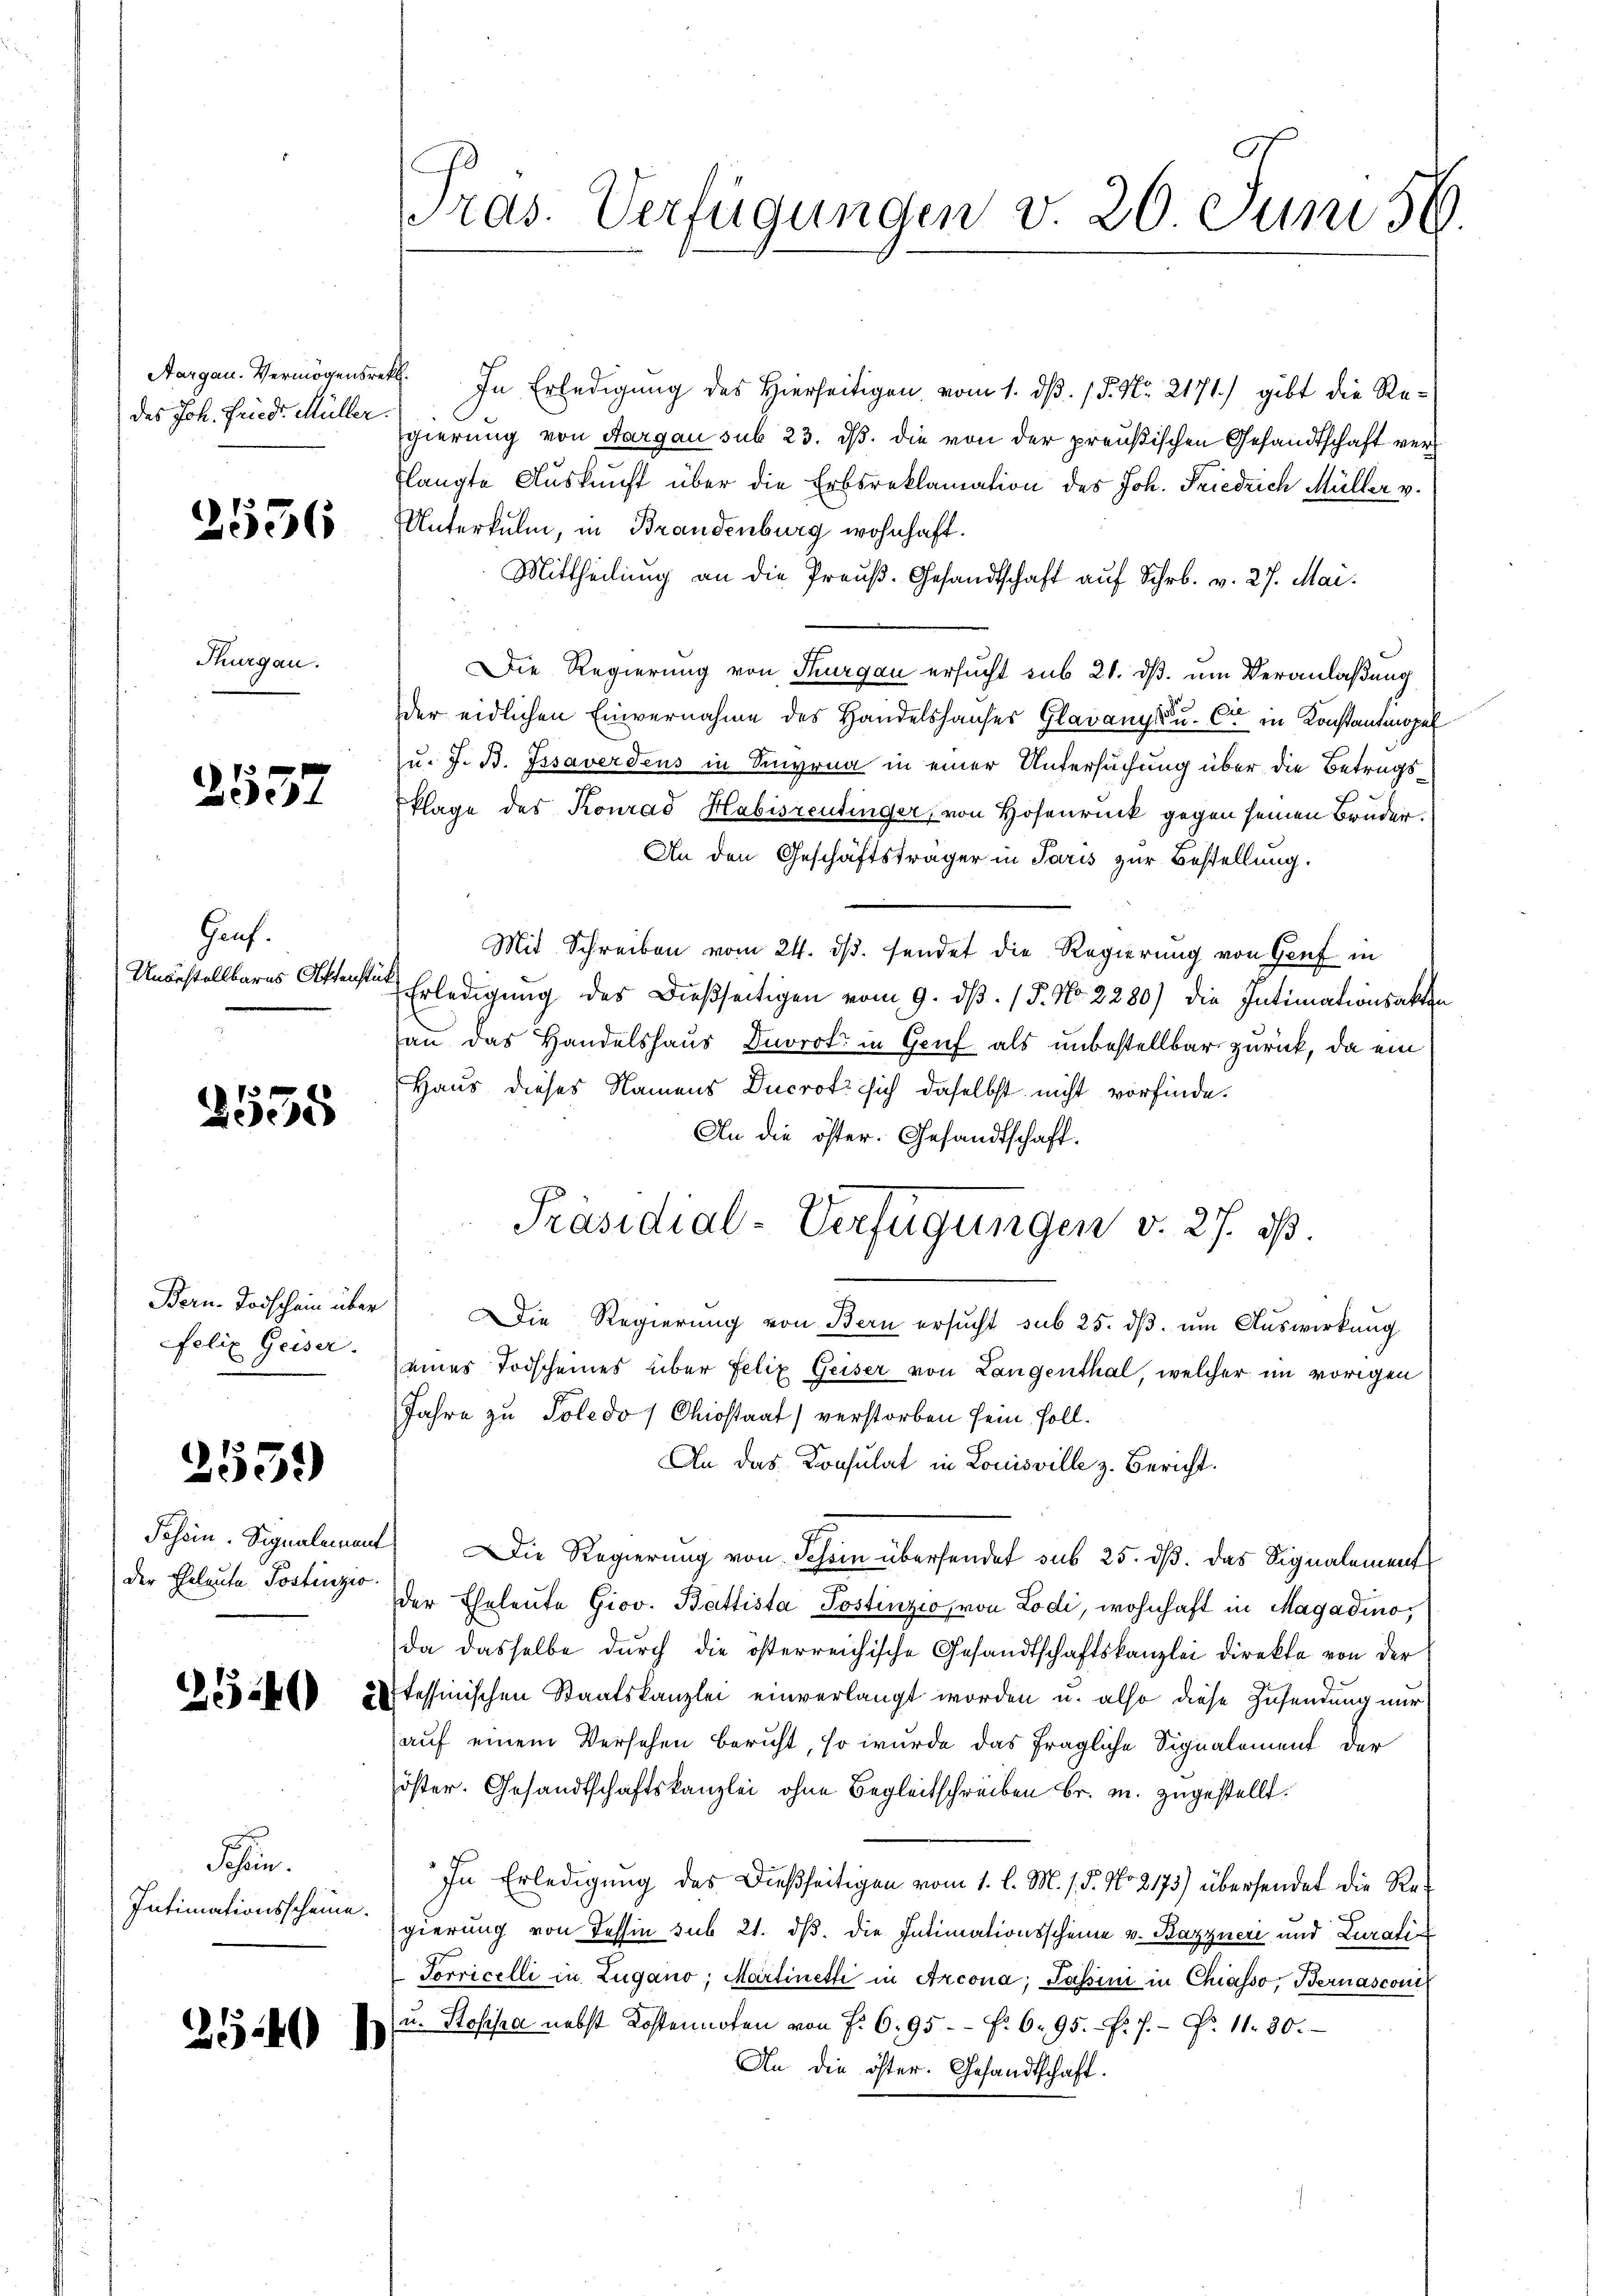
des Joh. Fried. Müller.

2556

Thurgau.

f xx
Zee

Genf.

2538

Bern-Todschein über
Felix Geiser.

2539)

der Eheleute Postenzio

Schen.
Intimationsscheine.

2540 h

Aargau. Vermögensrath. In Erledigung des Hierseitigen, vom 1. dβ. / 5. No. 2171) gibt die Regierung von Aargau sub 23. ds. die von der preußischen Gesandtschaft verflangte Auskunft über die Erbsreklamation des Joh. Friedrich Müller v.
Unterkulm, in Brandenburg wohnhaft.
Mittheilung an die Preuß. Gesandtschaft auf Schr. v. 27. Mai.
Die Regierung von Thurgau ersucht sub 21. dß. um Veranlaßung
der eidlichen Einvernahme des Handelshauses Garang u. Cie in Konstantmopel
u. J. B. Fssaverdens in Sinyrna in einer Untersuchung über die Betrugsklage des Konrad Habisrentinger, von Hosenrück gegen seinen Bruder.
An den Geschäftsträger in Paris zur Bestellung.
Mit Schreiben vom 24. ds. sendet die Regierung von Genf in
Unbestellbares Aktenste Erledigung des Dießseitigen vom 9. dß. / 5. No. 2280) die Intimationsakten
an das Handelshaus Dorot in Grief als unbestellbar zurück, da ein
Haus dieses Namens Ducrot sich daselbst nicht vorfinde.
An die öster. Gesandtschaft.
Präsidial-Verfügungen v. 27. ds.
Die Regierung von Bern ersucht sub 25. dβ. um Auswirkung
eines Todscheines über Felix Geiser von Langenthal, welcher im vorigen
Jahre zu Poledo /Chiostaat verstorben sein soll.
An das Konsulat in Louisville z. Bericht.
Johrin. Signalement) Die Regierung von Jahren übersendet sub 25. dß. Das Signalements
der Eheleute Giov. Battista Postinzio, von Lodi, wohnhaft in Magadino,
da dasselbe dŭrch die österreichische Gesandtschaftskanzlei direkte von der
Gäfl 20 tessinischen Staatskanzlei einverlangt worden u. also diese Zusendung nur
auf einem Versehen beruht, so wurde das fragliche Signalement der
Zöster. Gesandtschaftskanzlei ohne Begleitschreiben Fr. m. zugestellt.
In Erledigung des Dießseitigen vom 1. l. M. / 5. No 2173) übersendet die Regierung von Tessin sub 21. dß. die Intimationsscheine v. Bazzneri und Zurati¬
Torricelli in Zugano, Martinette in Arcona; Passini in Chiasso, Bernasconi
u. Stossa nebst Kostennoten von f. 6. 95 f. 6. 95. Fr. 7. No. 11. 30.
An die öfter. Gesandtschaft.

ras. Verfügungen v. 20 Juni 58